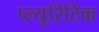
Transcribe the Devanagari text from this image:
प्ल्युरिटिक